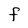
Character: F